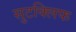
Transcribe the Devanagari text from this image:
सुटक्लिफ